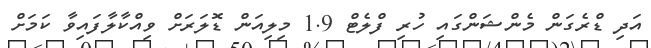
އަދި ޑްރެގަން މެންޝަންގައި ހުރި ފްލެޓް 1.9 މިލިއަން ޑޮލަރަށް ވިއްކާލާފައިވާ ކަމަށް